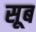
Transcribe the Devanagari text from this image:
सूब